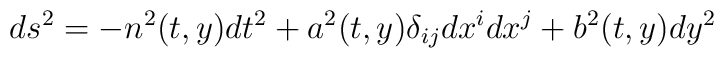
ds^{2}=-n^{2}(t,y)dt^{2}+a^{2}(t,y)\delta _{ij}dx^{i}dx^{j}+b^{2}(t,y)dy^{2}